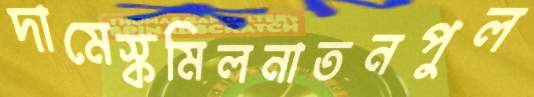
দামেস্কমিলনাতনপুল